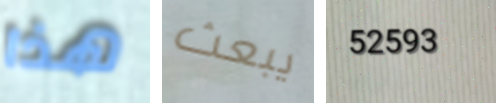
هذا يبعث 52593